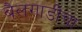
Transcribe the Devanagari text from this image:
बैलगाडीचा